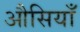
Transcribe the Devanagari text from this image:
औसियाँ